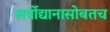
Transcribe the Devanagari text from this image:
सर्पोद्यानासोबतच